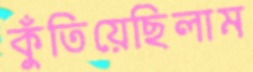
কুঁতিয়েছিলাম